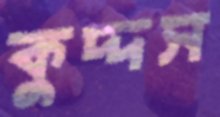
কুদ্দস